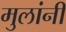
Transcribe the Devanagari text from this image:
मुलांनीं